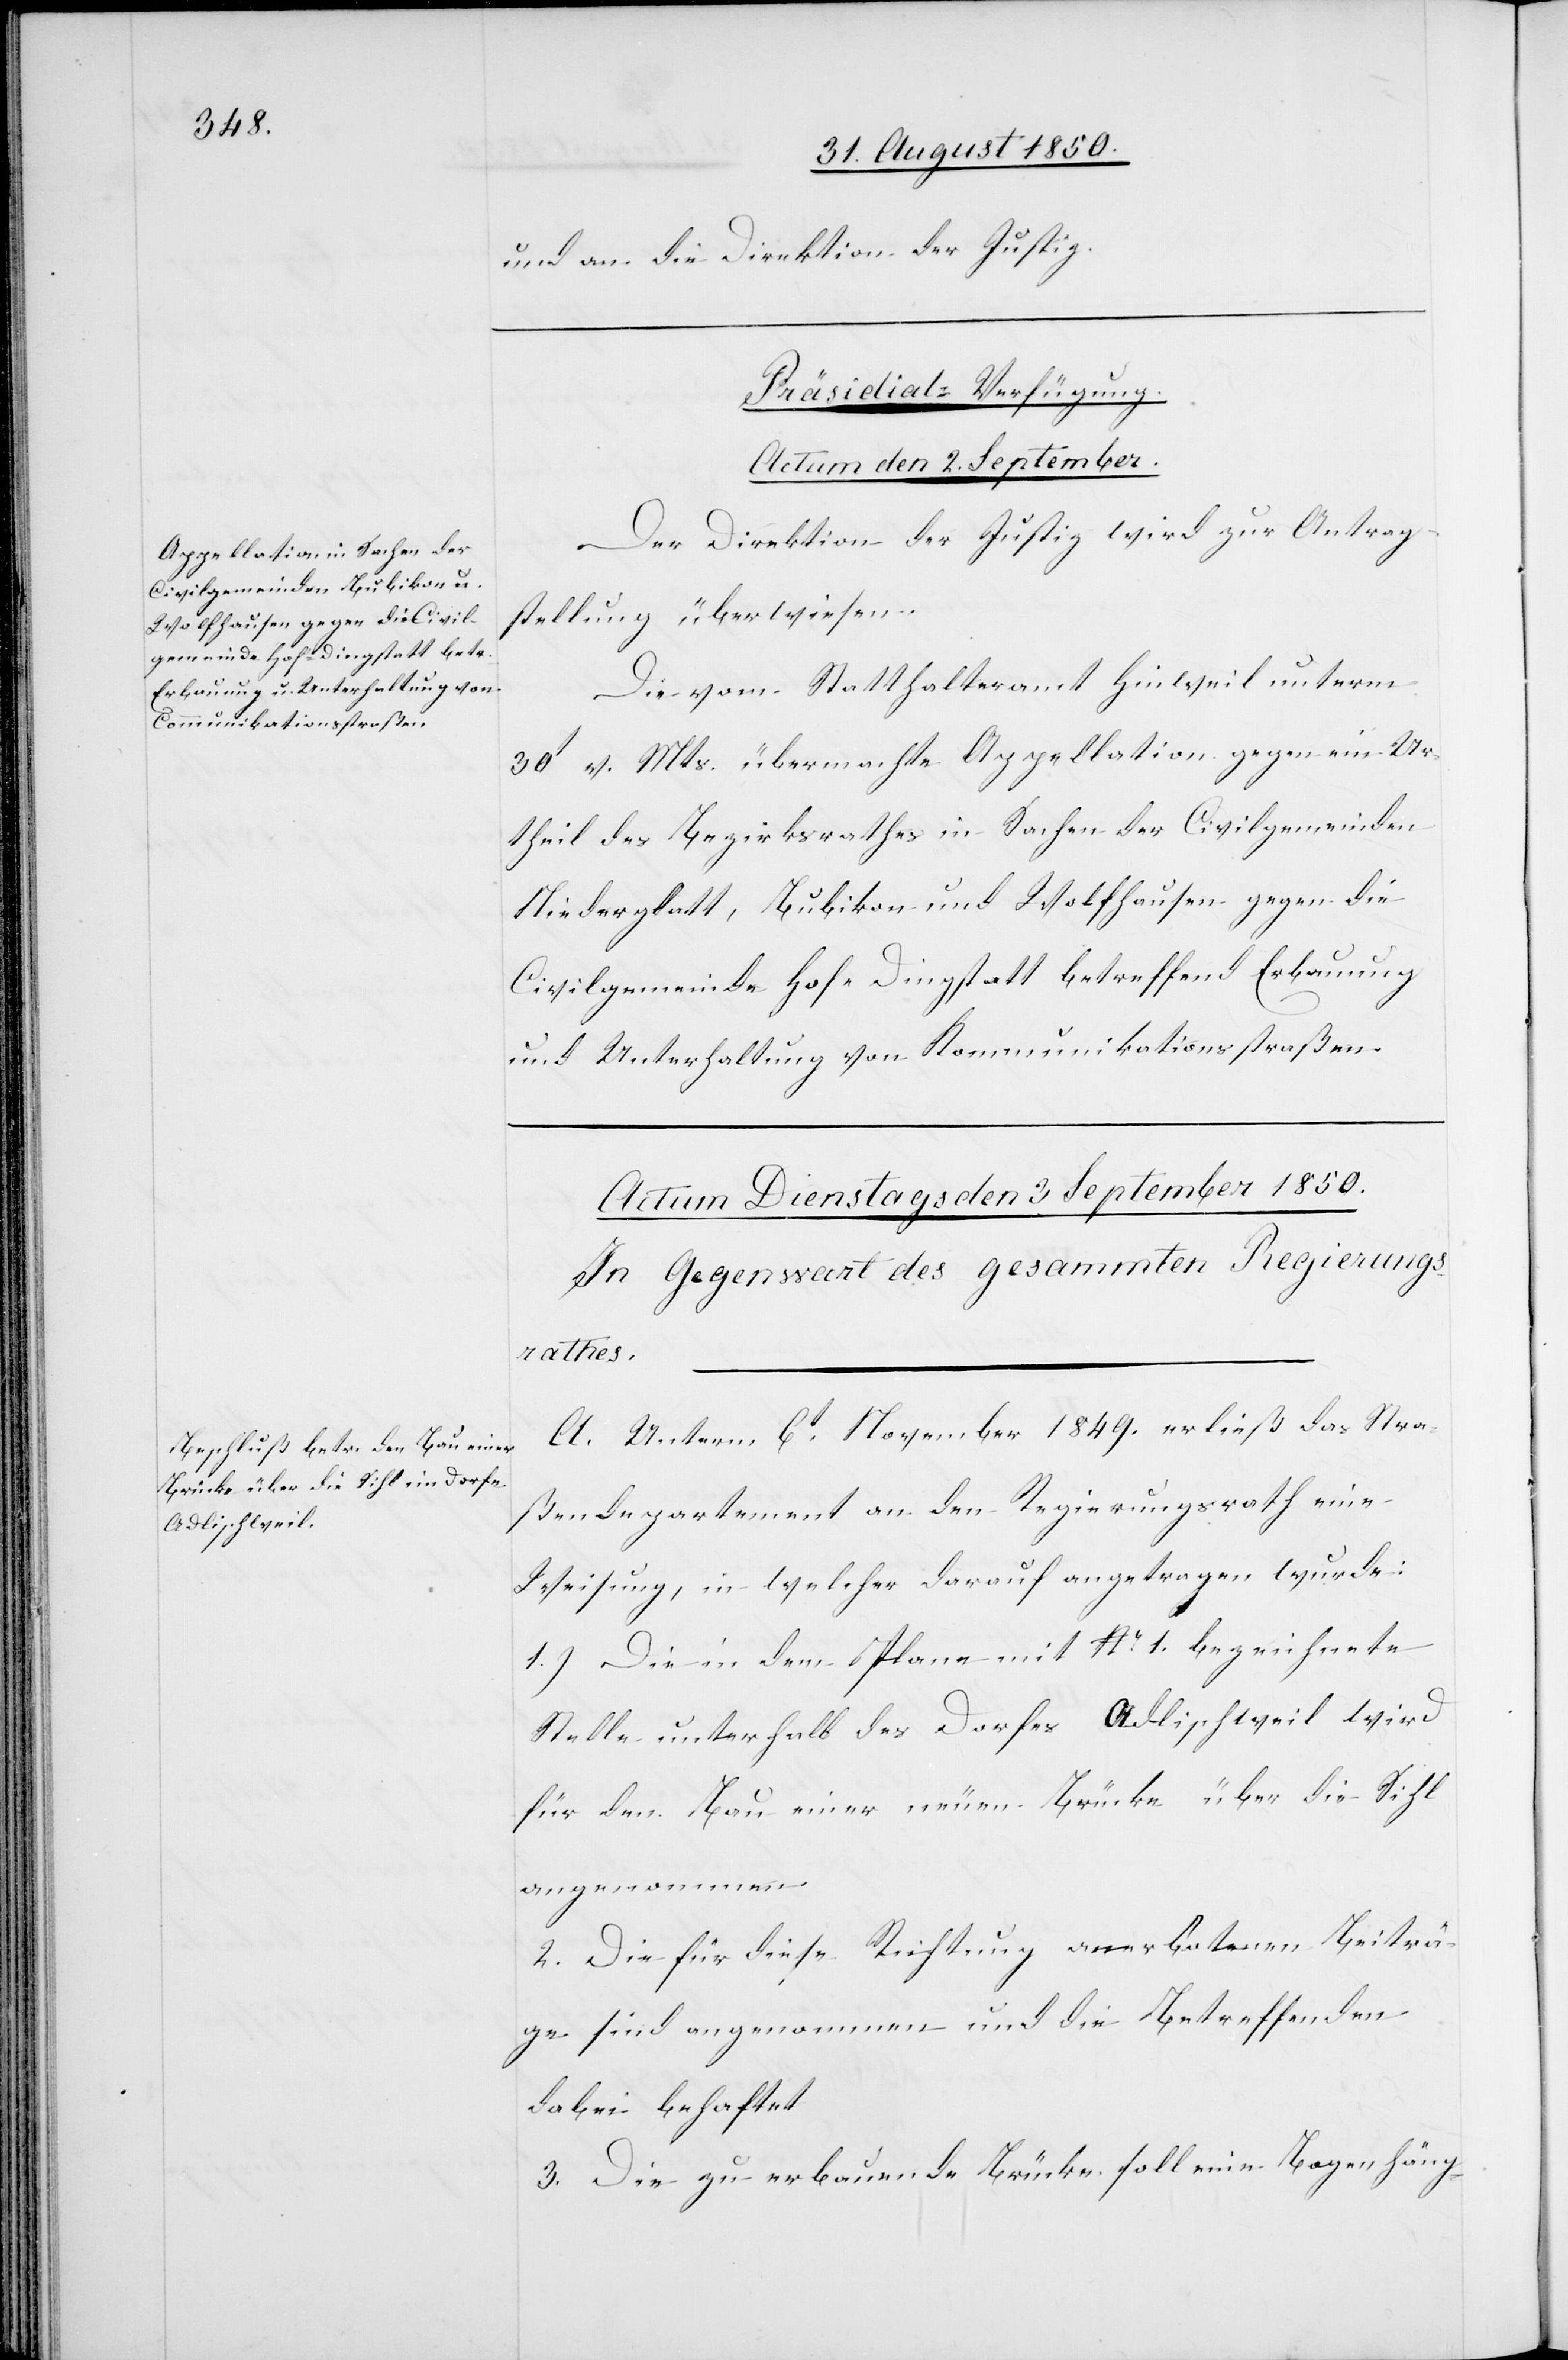
und an die Direktion der Justiz.
Präsidial-Verfügung.
Actum den 2. September.
Der Direktion der Justiz wird zur Antrag¬
stellung überwiesen.
Die vom Statthalteramt Hinweil unterm
30t v. Mts. übermachte Appellation gegen ein Ur¬
theil des Bezirksrathes in Sachen der Civilgemeinden
Niederglatt, Bubikon und Wolfhausen gegen die
Civilgemeinde Hofe Dingstatt betreffend Erbauung
und Unterhaltung von Kommunikationsstraßen.
A. Unterm 6t November 1849. erließ das Stra¬
ßendepartement an den Regierungsrath eine
Weisung, in welcher darauf angetragen wurde:
1.) Die in dem Plane mit No. 1. bezeichnete
Stelle unterhalb des Dorfes Adlischweil wird
für den Bau einer neuen Brücke über die Sihl
angenommen.
2. Die für diese Richtung anerbotenen Beiträ¬
ge sind angenommen und die Betreffenden
dabei behaftet
3. Die zu erbauende Brücke soll eine Bogenhäng-